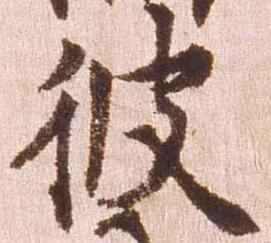
彼